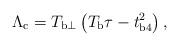
LaTeX: \begin{align*}\Lambda_{\rm c}=T_{{\rm b}\perp}\left(T_{\rm b}\tau-t_{\rm{b4}}^2\right) ,\end{align*}